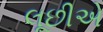
લૂછીએ